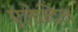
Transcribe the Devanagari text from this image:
एलेन्दिल